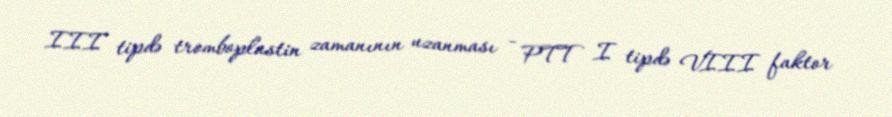
III tipdə tromboplastin zamanının uzanması - PTT I tipdə VIII faktor